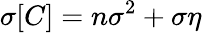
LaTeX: \sigma[C]=n\sigma^{2}+\sigma\eta